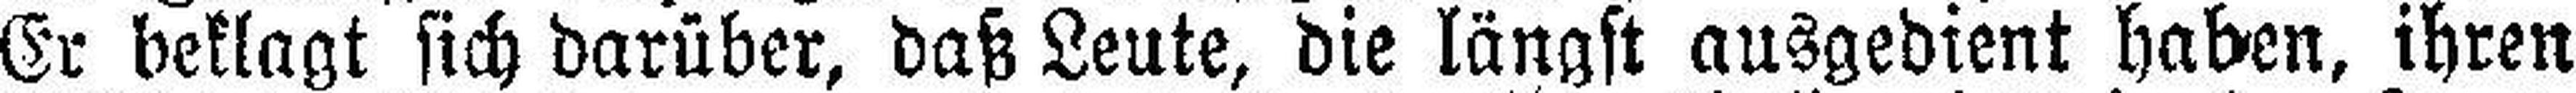
Er beklagt sich darüber, daß Leute, die längst ausgedient haben, ihren